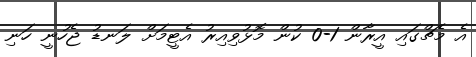
އެ މެޗްގައި އީރާން 1-0 ކުން މޮޅުވިއިރު އެޓީމަށް ލަނޑު ޖެހުނީ ހަނި